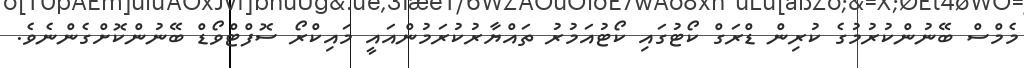
މެމްސް ބޭނުންކުރުމުގެ ކުރިން ޑްރަގް ކޯޓުގައި ކޯޓުއަމުރު ތައްޔާރުކުރަމުންއައީ މައިކްރޯ ސޮފްޓްވޯޑް ބޭނުންކޮށްގެންނެވެ.